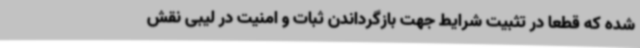
شده که قطعا در تثبیت شرایط جهت بازگرداندن ثبات و امنیت در لیبی نقش